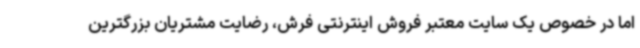
اما در خصوص یک سایت معتبر فروش اینترنتی فرش، رضایت مشتریان بزرگترین